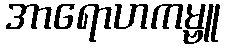
အာရောဟကမ္ဗူ